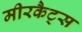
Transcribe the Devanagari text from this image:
मीरकैट्स